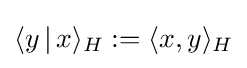
\langle y\,|\,x\rangle _{H}:=\langle x,y\rangle _{H}